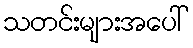
သတင်းများအပေါ်